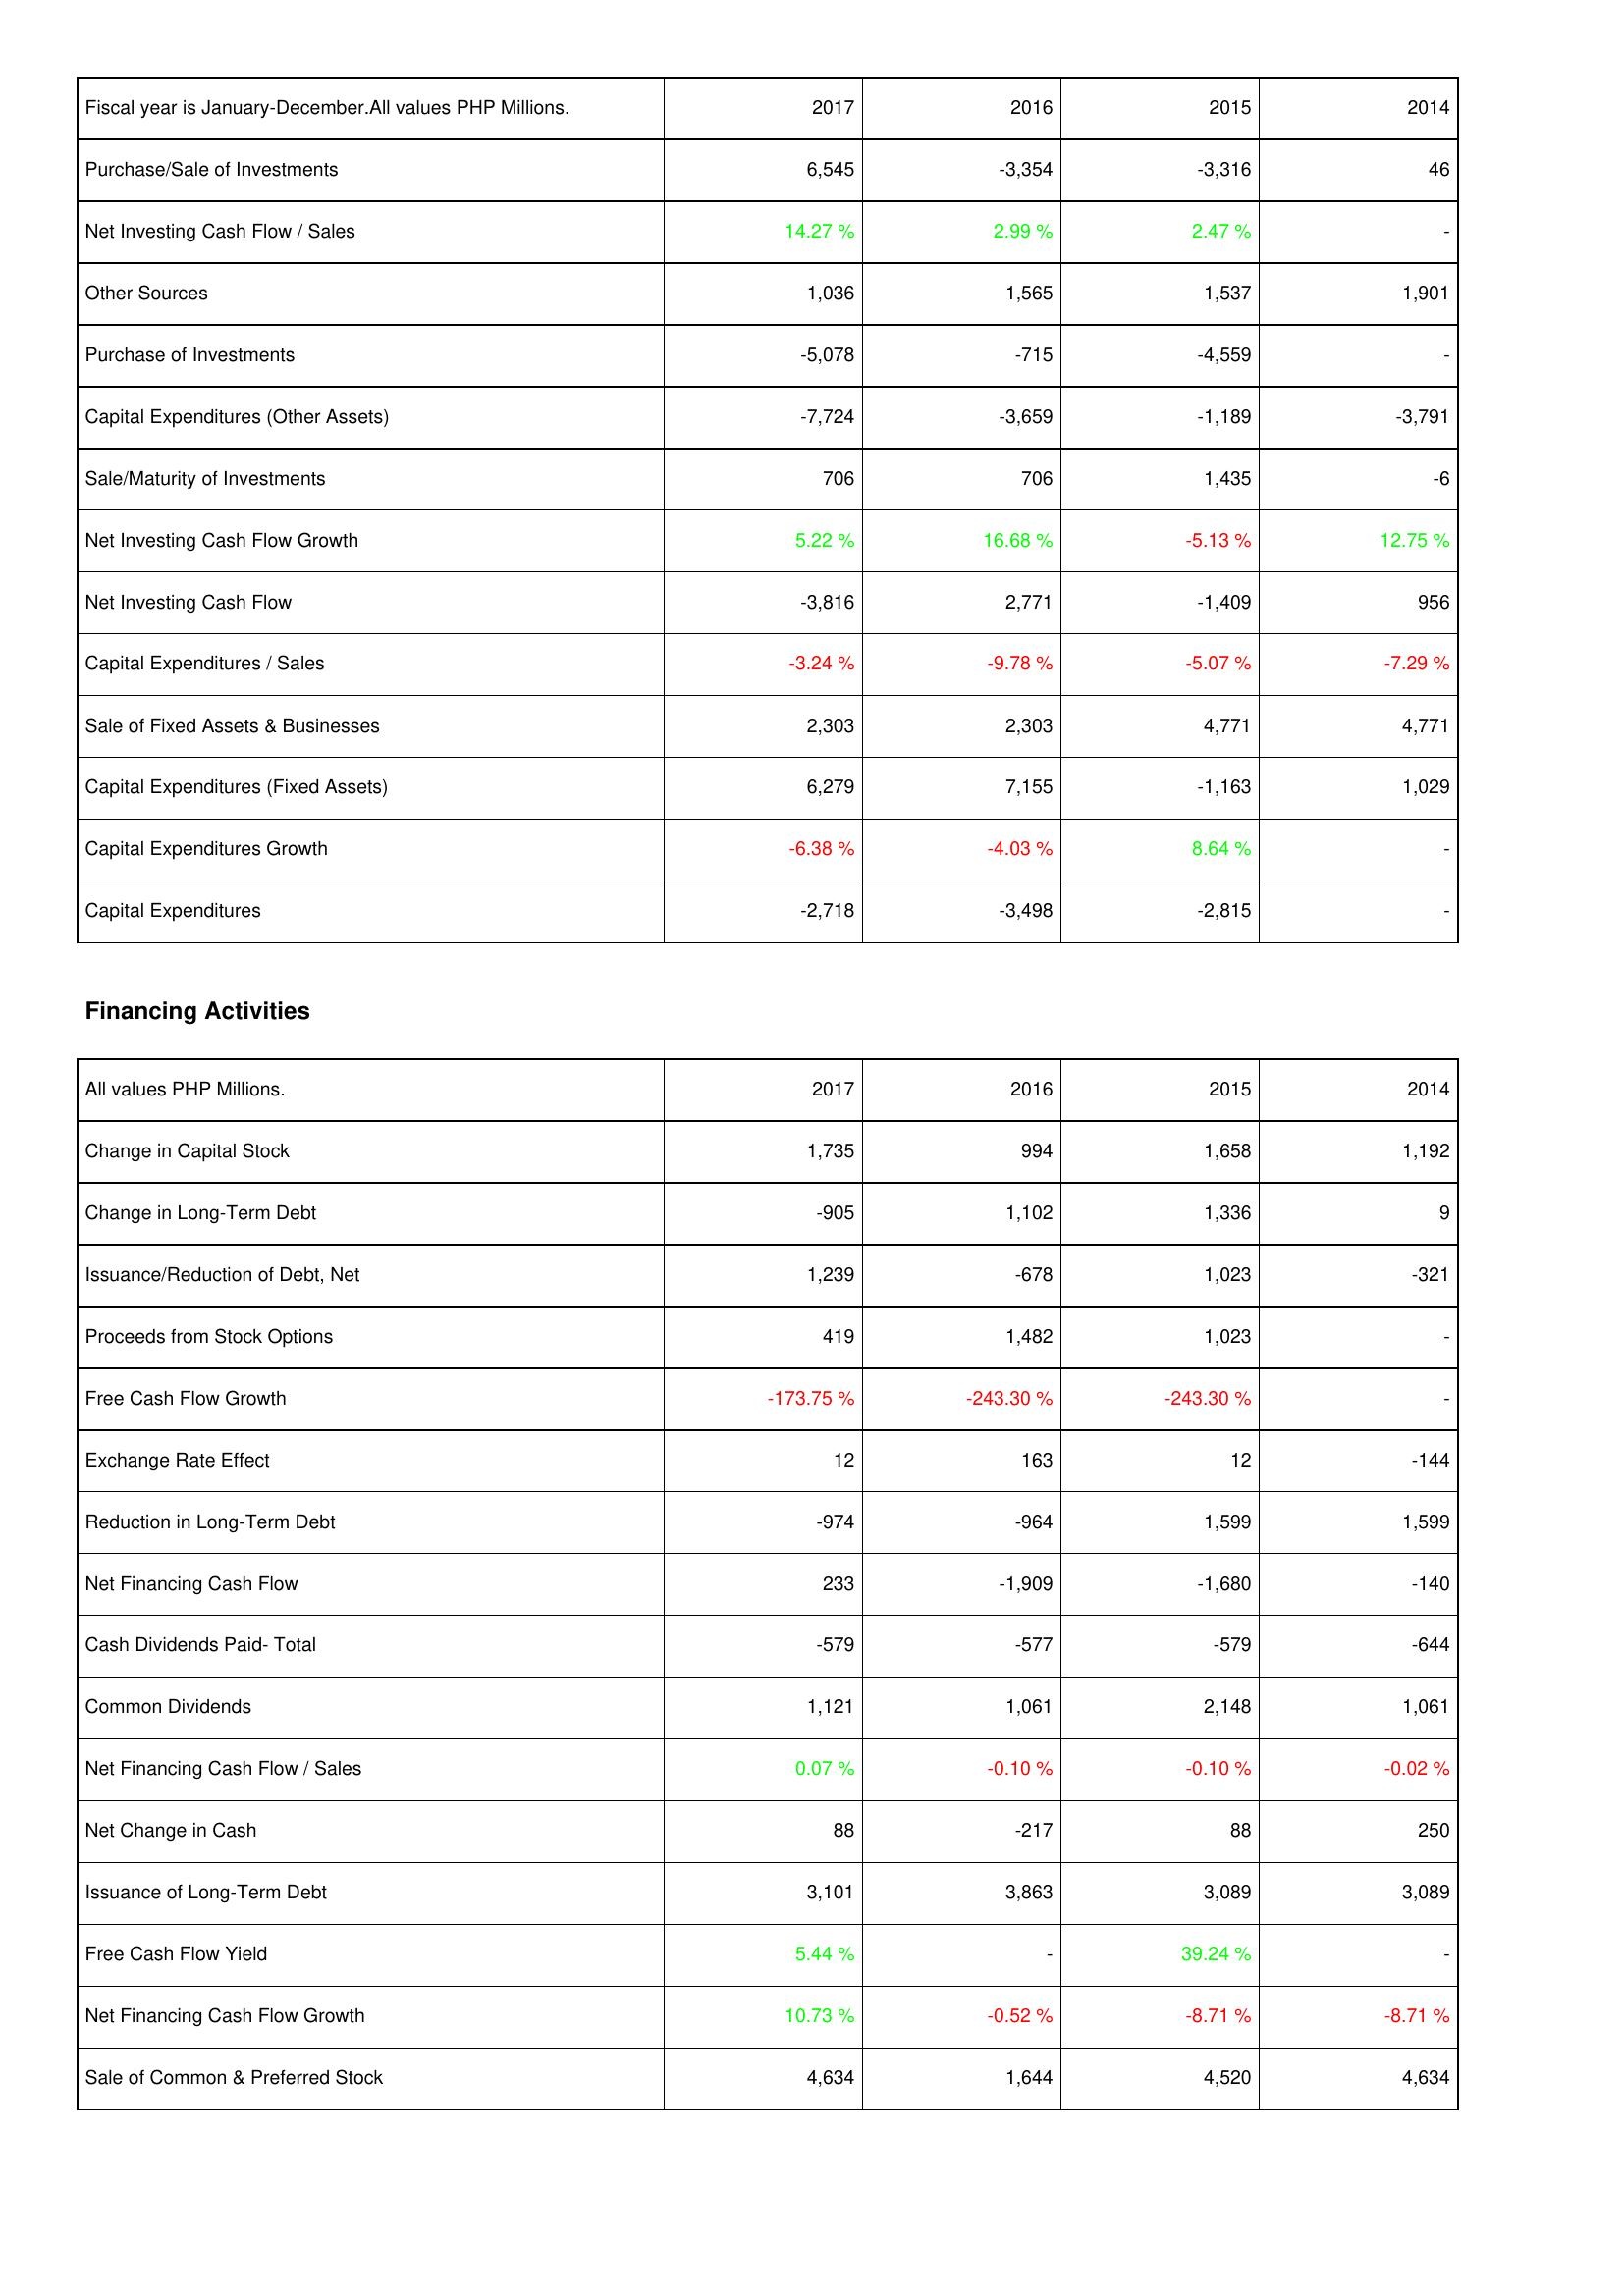
2017: Investing Activities: Purchase/Sale of Investments: 6,545
Net Investing Cash Flow / Sales: 14.27 %
Other Sources: 1,036
Purchase of Investments: -5,078
Capital Expenditures (Other Assets): -7,724
Sale/Maturity of Investments: 706
Net Investing Cash Flow Growth: 5.22 %
Net Investing Cash Flow: -3,816
Capital Expenditures / Sales: -3.24 %
Sale of Fixed Assets & Businesses: 2,303
Capital Expenditures (Fixed Assets): 6,279
Capital Expenditures Growth: -6.38 %
Capital Expenditures: -2,718
Financing Activities: Change in Capital Stock: 1,735
Change in Long-Term Debt: -905
Issuance/Reduction of Debt, Net: 1,239
Proceeds from Stock Options: 419
Free Cash Flow Growth: -173.75 %
Exchange Rate Effect: 12
Reduction in Long-Term Debt: -974
Net Financing Cash Flow: 233
Cash Dividends Paid- Total: -579
Common Dividends: 1,121
Net Financing Cash Flow / Sales: 0.07 %
Net Change in Cash: 88
Issuance of Long-Term Debt: 3,101
Free Cash Flow Yield: 5.44 %
Net Financing Cash Flow Growth: 10.73 %
Sale of Common & Preferred Stock: 4,634
2016: Investing Activities: Purchase/Sale of Investments: -3,354
Net Investing Cash Flow / Sales: 2.99 %
Other Sources: 1,565
Purchase of Investments: -715
Capital Expenditures (Other Assets): -3,659
Sale/Maturity of Investments: 706
Net Investing Cash Flow Growth: 16.68 %
Net Investing Cash Flow: 2,771
Capital Expenditures / Sales: -9.78 %
Sale of Fixed Assets & Businesses: 2,303
Capital Expenditures (Fixed Assets): 7,155
Capital Expenditures Growth: -4.03 %
Capital Expenditures: -3,498
Financing Activities: Change in Capital Stock: 994
Change in Long-Term Debt: 1,102
Issuance/Reduction of Debt, Net: -678
Proceeds from Stock Options: 1,482
Free Cash Flow Growth: -243.30 %
Exchange Rate Effect: 163
Reduction in Long-Term Debt: -964
Net Financing Cash Flow: -1,909
Cash Dividends Paid- Total: -577
Common Dividends: 1,061
Net Financing Cash Flow / Sales: -0.10 %
Net Change in Cash: -217
Issuance of Long-Term Debt: 3,863
Free Cash Flow Yield: -
Net Financing Cash Flow Growth: -0.52 %
Sale of Common & Preferred Stock: 1,644
2015: Investing Activities: Purchase/Sale of Investments: -3,316
Net Investing Cash Flow / Sales: 2.47 %
Other Sources: 1,537
Purchase of Investments: -4,559
Capital Expenditures (Other Assets): -1,189
Sale/Maturity of Investments: 1,435
Net Investing Cash Flow Growth: -5.13 %
Net Investing Cash Flow: -1,409
Capital Expenditures / Sales: -5.07 %
Sale of Fixed Assets & Businesses: 4,771
Capital Expenditures (Fixed Assets): -1,163
Capital Expenditures Growth: 8.64 %
Capital Expenditures: -2,815
Financing Activities: Change in Capital Stock: 1,658
Change in Long-Term Debt: 1,336
Issuance/Reduction of Debt, Net: 1,023
Proceeds from Stock Options: 1,023
Free Cash Flow Growth: -243.30 %
Exchange Rate Effect: 12
Reduction in Long-Term Debt: 1,599
Net Financing Cash Flow: -1,680
Cash Dividends Paid- Total: -579
Common Dividends: 2,148
Net Financing Cash Flow / Sales: -0.10 %
Net Change in Cash: 88
Issuance of Long-Term Debt: 3,089
Free Cash Flow Yield: 39.24 %
Net Financing Cash Flow Growth: -8.71 %
Sale of Common & Preferred Stock: 4,520
2014: Investing Activities: Purchase/Sale of Investments: 46
Net Investing Cash Flow / Sales: -
Other Sources: 1,901
Purchase of Investments: -
Capital Expenditures (Other Assets): -3,791
Sale/Maturity of Investments: -6
Net Investing Cash Flow Growth: 12.75 %
Net Investing Cash Flow: 956
Capital Expenditures / Sales: -7.29 %
Sale of Fixed Assets & Businesses: 4,771
Capital Expenditures (Fixed Assets): 1,029
Capital Expenditures Growth: -
Capital Expenditures: -
Financing Activities: Change in Capital Stock: 1,192
Change in Long-Term Debt: 9
Issuance/Reduction of Debt, Net: -321
Proceeds from Stock Options: -
Free Cash Flow Growth: -
Exchange Rate Effect: -144
Reduction in Long-Term Debt: 1,599
Net Financing Cash Flow: -140
Cash Dividends Paid- Total: -644
Common Dividends: 1,061
Net Financing Cash Flow / Sales: -0.02 %
Net Change in Cash: 250
Issuance of Long-Term Debt: 3,089
Free Cash Flow Yield: -
Net Financing Cash Flow Growth: -8.71 %
Sale of Common & Preferred Stock: 4,634